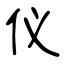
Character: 仪